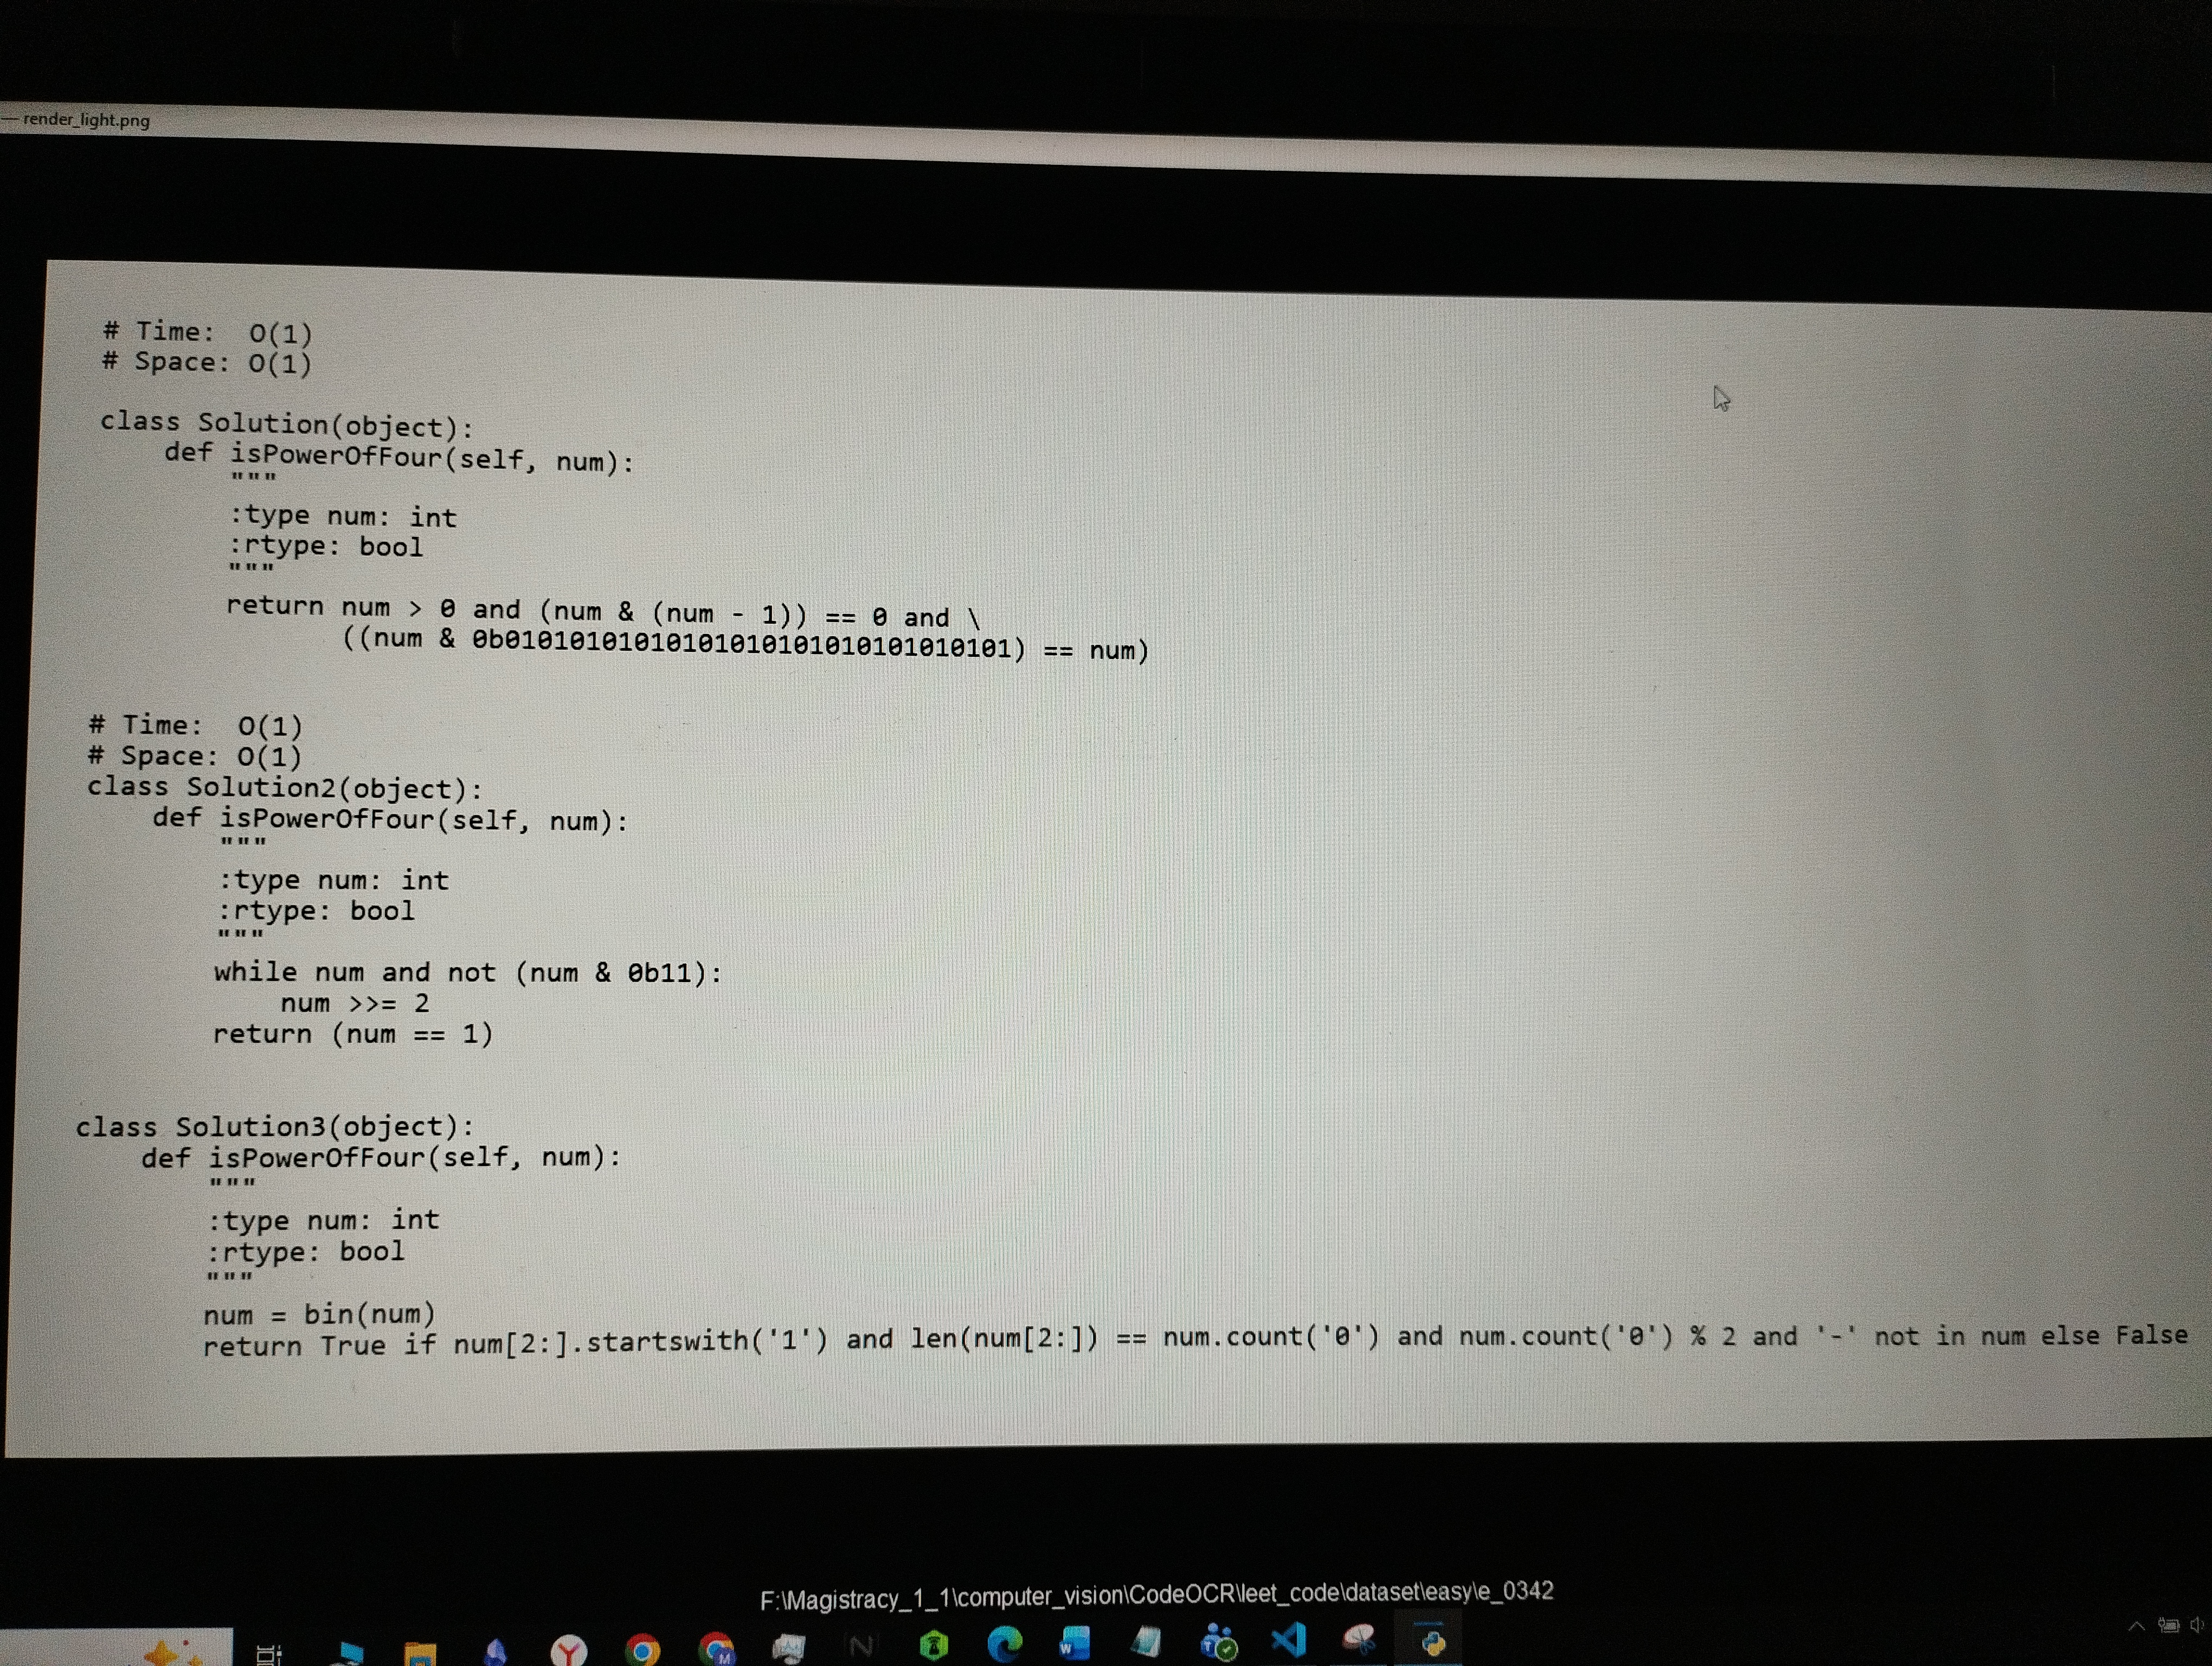
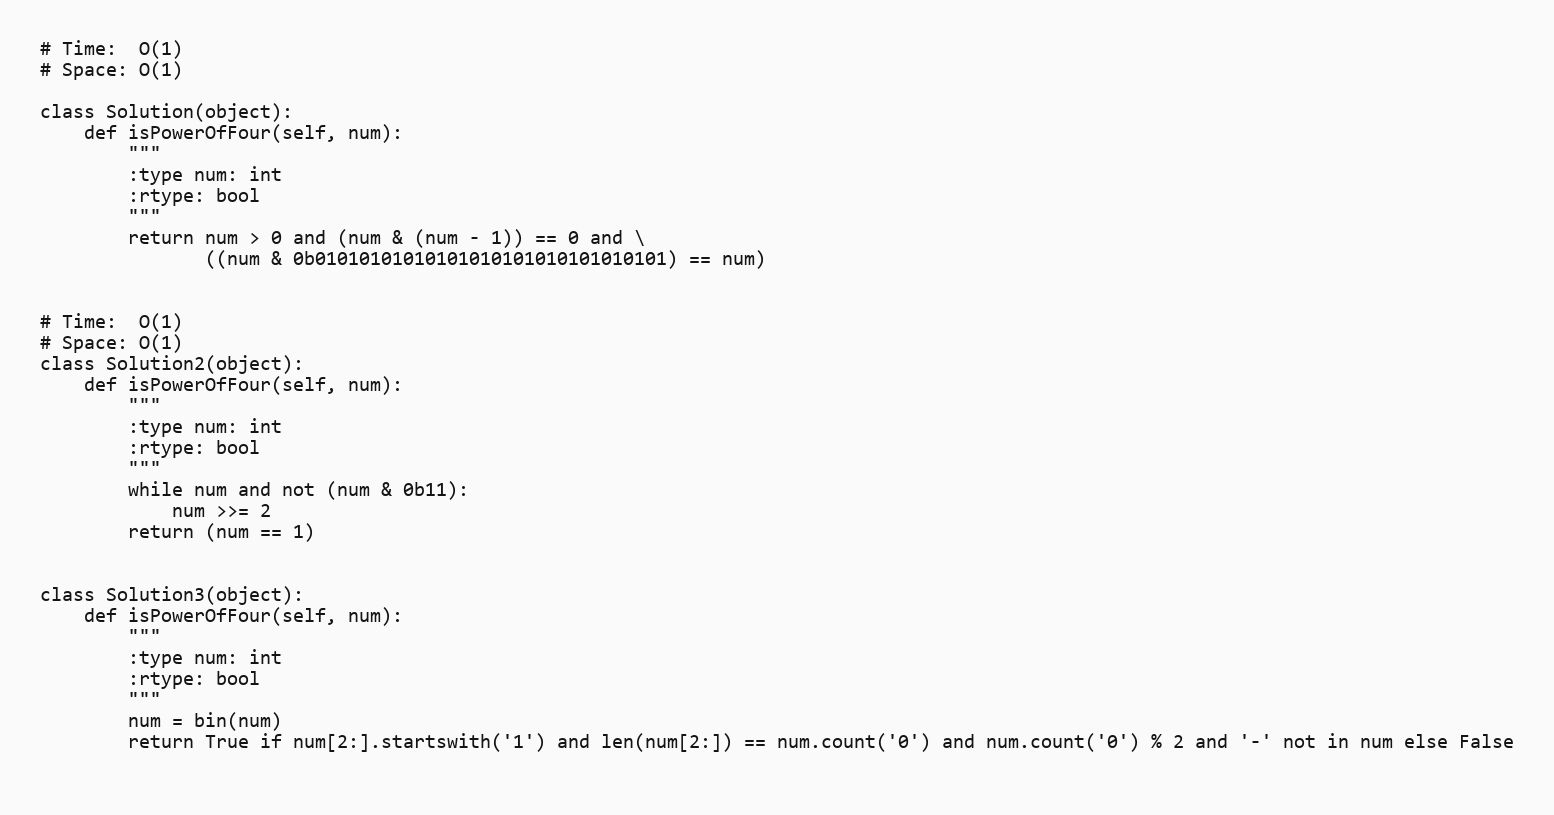
# Time:  O(1)
# Space: O(1)

class Solution(object):
    def isPowerOfFour(self, num):
        """
        :type num: int
        :rtype: bool
        """
        return num > 0 and (num & (num - 1)) == 0 and \
               ((num & 0b01010101010101010101010101010101) == num)

# Time:  O(1)
# Space: O(1)
class Solution2(object):
    def isPowerOfFour(self, num):
        """
        :type num: int
        :rtype: bool
        """
        while num and not (num & 0b11):
            num >>= 2
        return (num == 1)

class Solution3(object):
    def isPowerOfFour(self, num):
        """
        :type num: int
        :rtype: bool
        """
        num = bin(num)
        return True if num[2:].startswith('1') and len(num[2:]) == num.count('0') and num.count('0') % 2 and '-' not in num else False